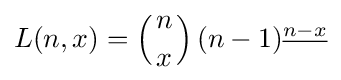
L(n,x)=\left({n \atop x}\right)(n-1)^{\underline {n-x}}